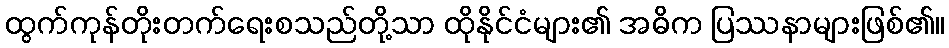
ထွက်ကုန်တိုးတက်ရေးစသည်တို့သာ ထိုနိုင်ငံများ၏ အဓိက ပြဿနာများဖြစ်၏။